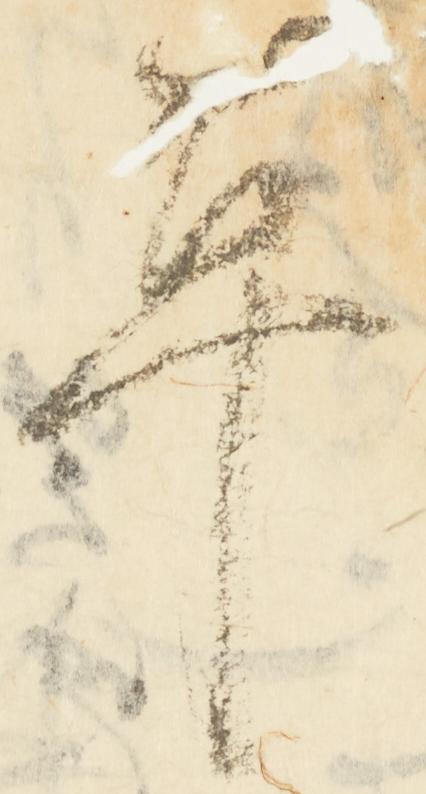
革